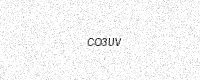
Text: CO3UV